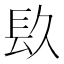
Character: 镹